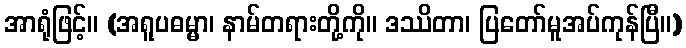
အာရုံဖြင့်။ (အရူပဓမ္မာ၊ နာမ်တရားတို့ကို။ ဒဿိတာ၊ ပြတော်မူအပ်ကုန်ပြီ။)